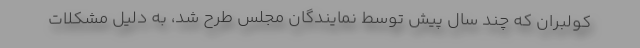
کولبران که چند سال پیش توسط نمایندگان مجلس طرح شد، به دلیل مشکلات